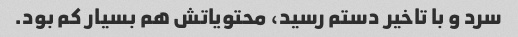
سرد و با تاخیر دستم رسید، محتویاتش هم بسیار کم بود.